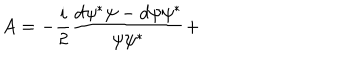
A = - \frac i 2 \frac { d \psi ^ { * } \psi - d \psi \psi ^ { * } } { \psi \psi ^ { * } } +